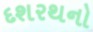
દશરથનો